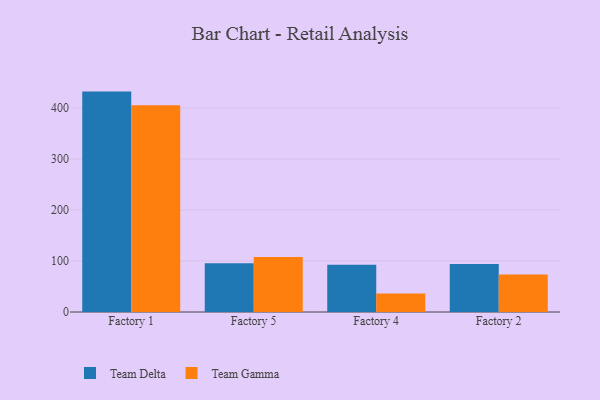
{"axis": {"x": "Factory", "y": "Gross Profit (USD K)"}, "legend": ["Team Delta", "Team Gamma"], "data": [{"x": "Factory 1", "y": 432.2, "type": "Team Delta"}, {"x": "Factory 1", "y": 405.6, "type": "Team Gamma"}, {"x": "Factory 5", "y": 95.7, "type": "Team Delta"}, {"x": "Factory 5", "y": 107.9, "type": "Team Gamma"}, {"x": "Factory 4", "y": 92.7, "type": "Team Delta"}, {"x": "Factory 4", "y": 36.1, "type": "Team Gamma"}, {"x": "Factory 2", "y": 93.9, "type": "Team Delta"}, {"x": "Factory 2", "y": 73.4, "type": "Team Gamma"}]}